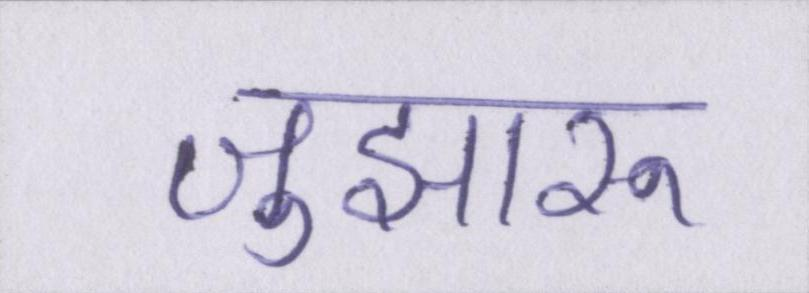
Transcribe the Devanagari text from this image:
जुझारू